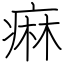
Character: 痳